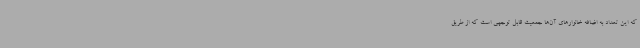
که این تعداد به اضافه خانوارهای آن‌ها جمعیت قابل توجهی است که از طریق